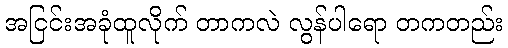
အငြင်းအခုံထူလိုက် တာကလဲ လွန်ပါရော တကတည်း